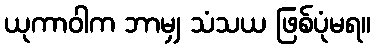
ယုကာဝါက ဘာမျှ သံသယ ဖြစ်ပုံမရ။